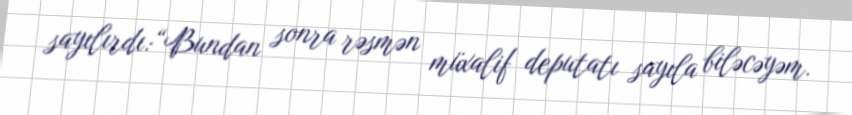
sayılırdı:“Bundan sonra rəsmən müxalif deputatı sayıla biləcəyəm.